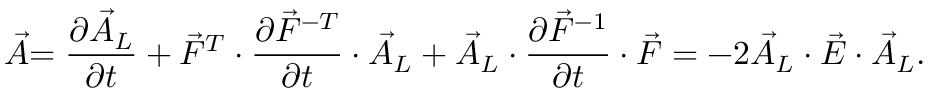
\stackrel { \triangledown } { \vec { A } } = \frac { \partial \vec { A } _ { L } } { \partial t } + \vec { F } ^ { T } \cdot \frac { \partial \vec { F } ^ { - T } } { \partial t } \cdot \vec { A } _ { L } + \vec { A } _ { L } \cdot \frac { \partial \vec { F } ^ { - 1 } } { \partial t } \cdot \vec { F } = - 2 \vec { A } _ { L } \cdot \vec { E } \cdot \vec { A } _ { L } .